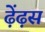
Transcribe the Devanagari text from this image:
ढ़ेंढ़स